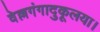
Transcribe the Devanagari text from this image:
वेल्लगंगादुकूलया।